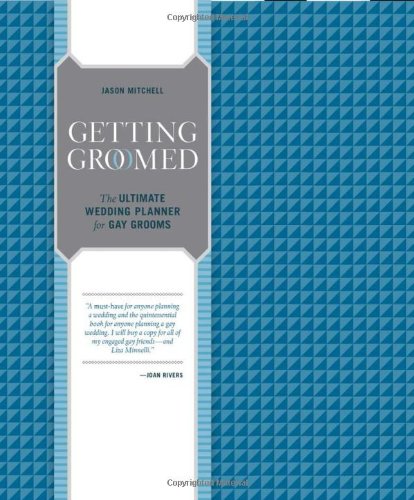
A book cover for Getting Groomed: The Ultimate Wedding Planner for Gay Grooms; Jason Mitchell; Crafts, Hobbies & Home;